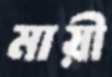
মায়ী